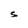
Character: S